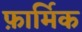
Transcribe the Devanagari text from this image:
फ़ार्मिक